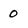
Character: 0